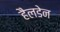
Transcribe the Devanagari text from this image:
हैलडेन